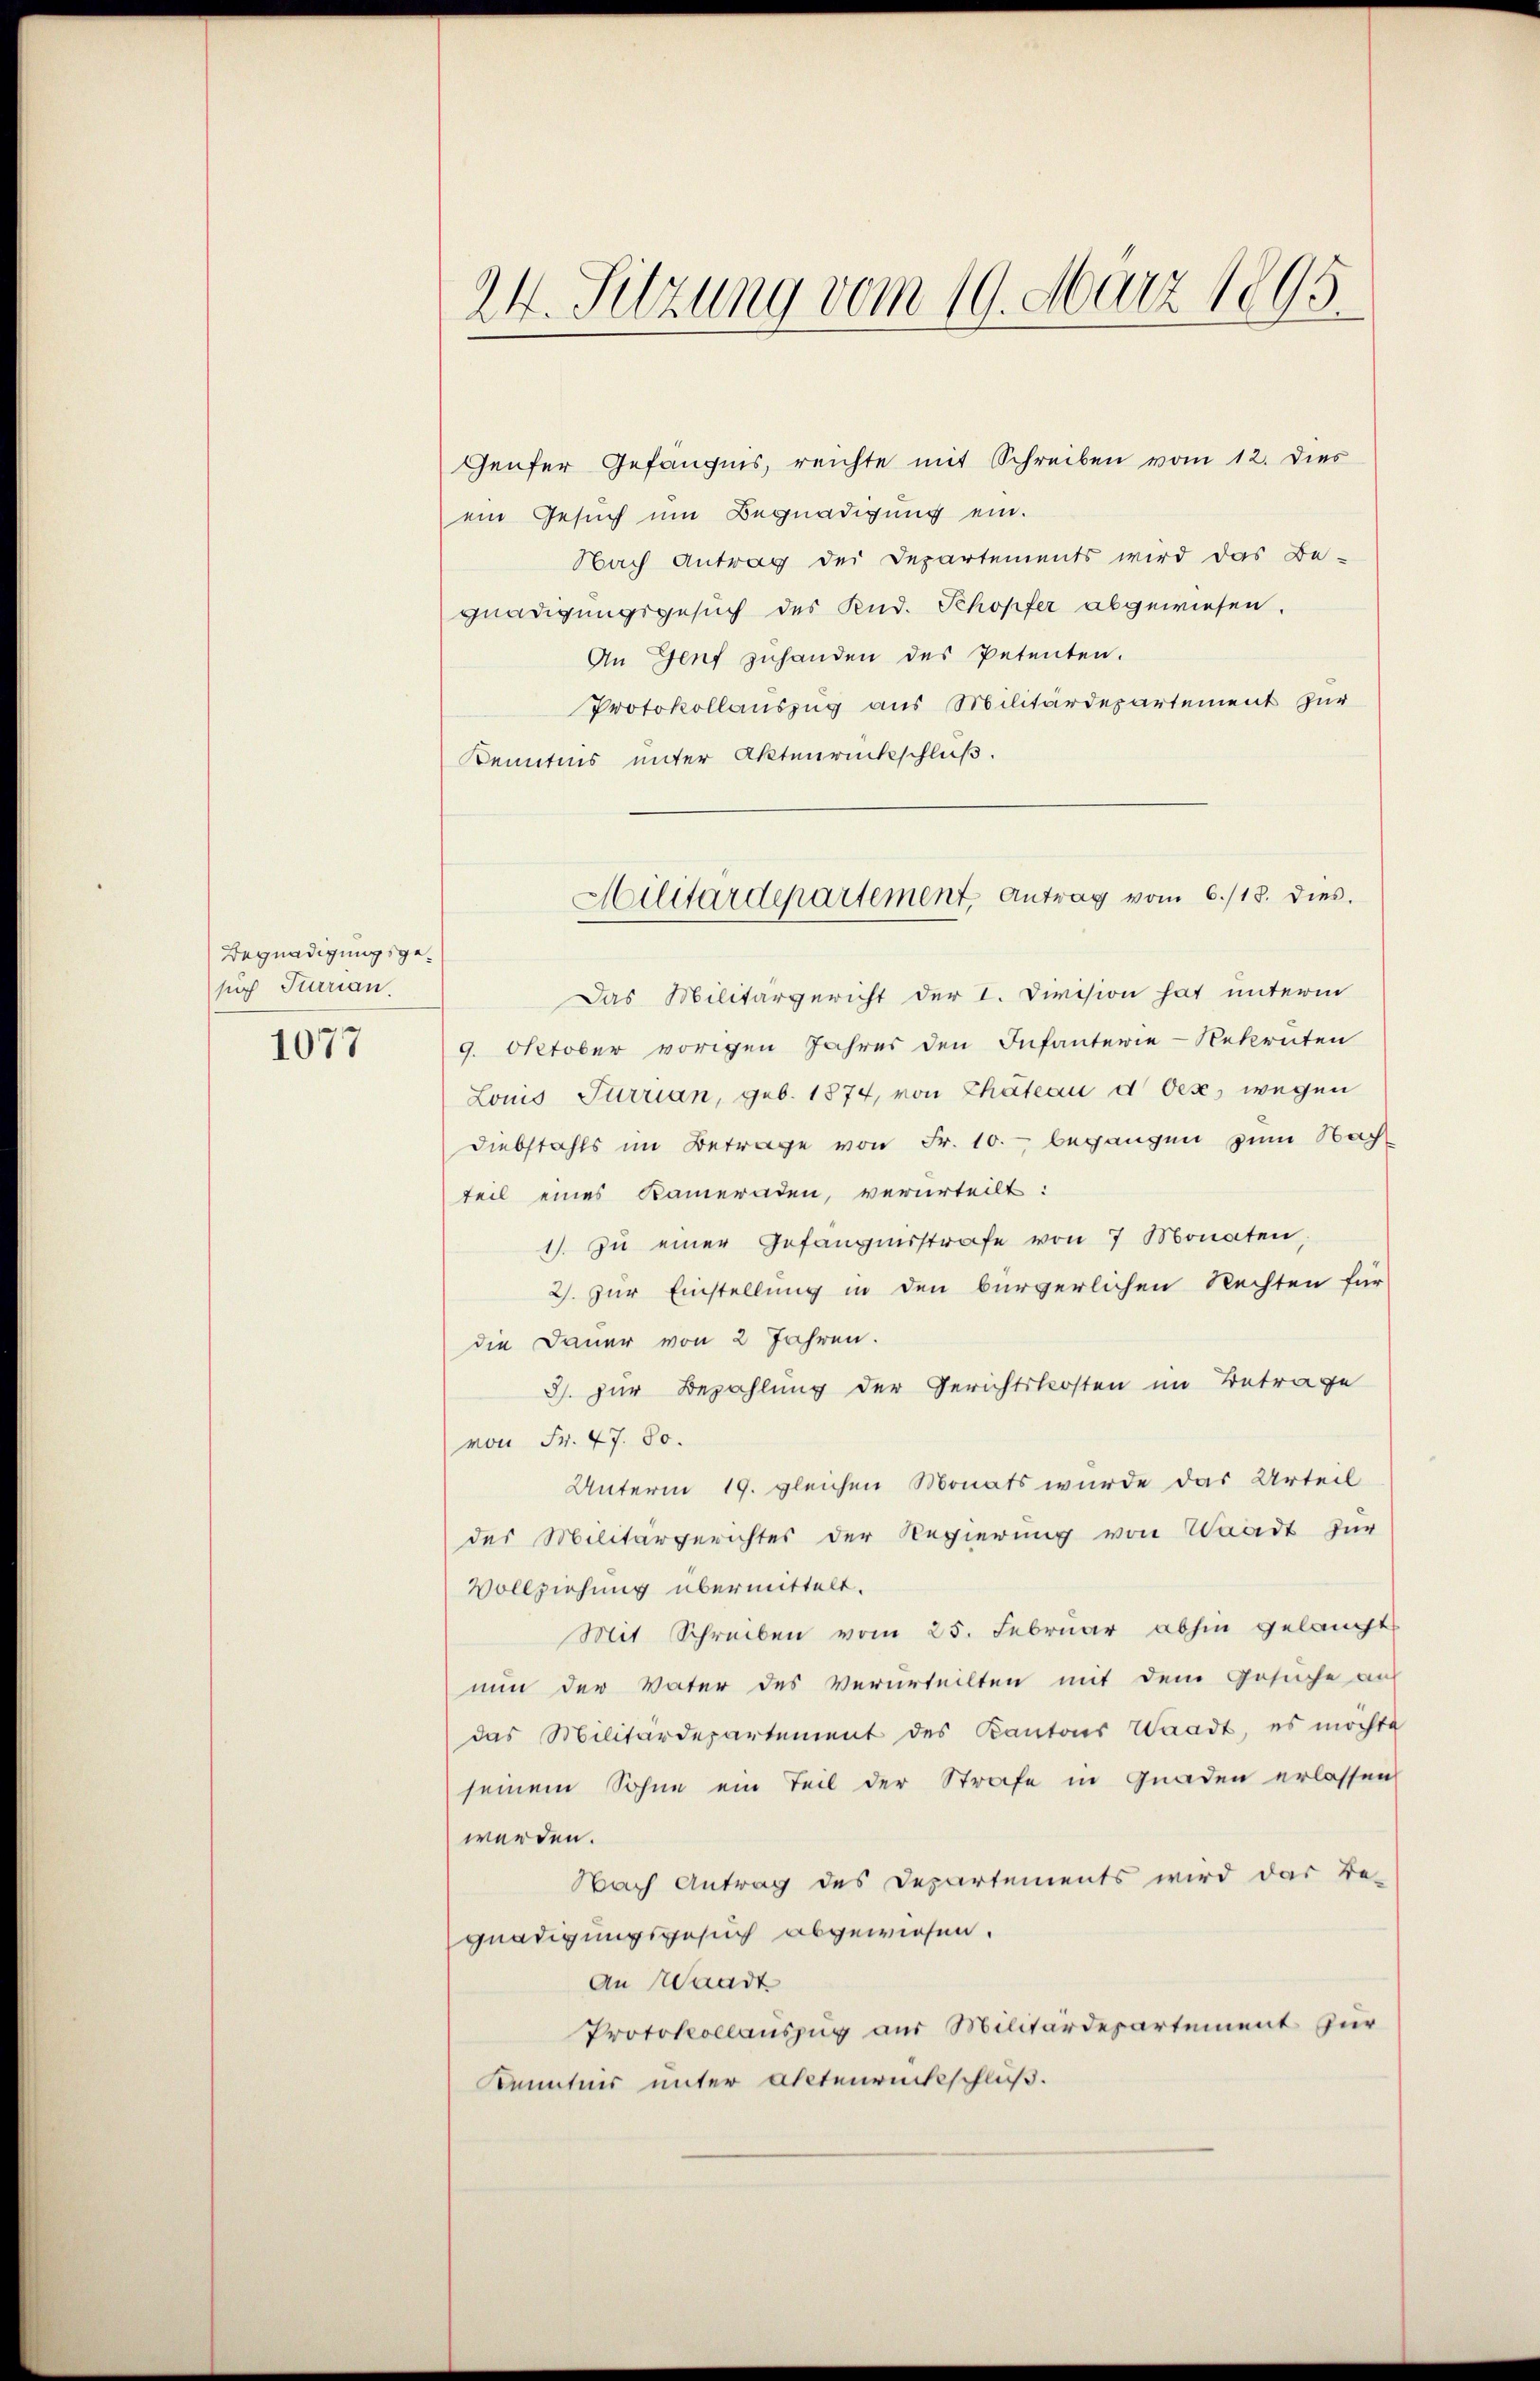
Begnadigungsgesuch Furrian.
1077

Genfer Gefängnis, reichte mit Schreiben vom 12. dies
ein Gesuch um Begnadigung ein.
Nach Antrag der Departements wird das Be-
gnadigungsgesuch des Rud. Schopfer abgewiesen.
An Genf zuhanden des Petenten.
Protokollauszug aus Militärdepartement zur
Kenntnis unter Aktenrückschluß.
Das Militärgericht der I. Division hat unterm
9. Oktober vorigen Jahres den Infanterie-Rekruten
Lonis Turrian, geb. 1874, von Chateau d Oex, wegen
Diebstahls im Betrage von Fr. 10. begangen zum Nachteil eines Kameraden, verurteilt:
1). Zu einer Gefängnisstrafe von 7 Monaten,
2. zur Einstellung in den bürgerlichen Rechten für
die Dauer von 2 Jahren.
3. zur Bezahlung der Gerichtskosten im Betrage
von Fr. 47. 80.
Unterm 19. gleichen Monats wurde das Urteil
des Militärgerichtes der Regierung von Waadt zur
Vollziehung übermittelt.
Mit Schreiben vom 25. Februar abhin gelangt
nun der Vater des Verurteilten mit dem Gesuche auf
das Militärdepartement des Kantons Waadt, es möchte
seinem Sohne ein Teil der Strafe in Gnaden erlassen
werden.
Nach Antrag des Departements wird das Be-
gnadigungsgesuch abgewiesen.
An Waadt
Protokollauszug aus Militärdepartement zur
Kenntnis unter Aktenrückschluß.

24. Sitzung vom 19. März 1895.

Militärdepartement. Antrag vom 6./18. dies